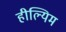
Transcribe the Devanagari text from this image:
हील्यिम